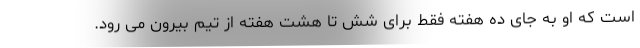
است که او به جای ده هفته فقط برای شش تا هشت هفته از تیم بیرون می رود.